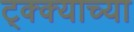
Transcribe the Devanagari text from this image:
ट्क्क्याच्या